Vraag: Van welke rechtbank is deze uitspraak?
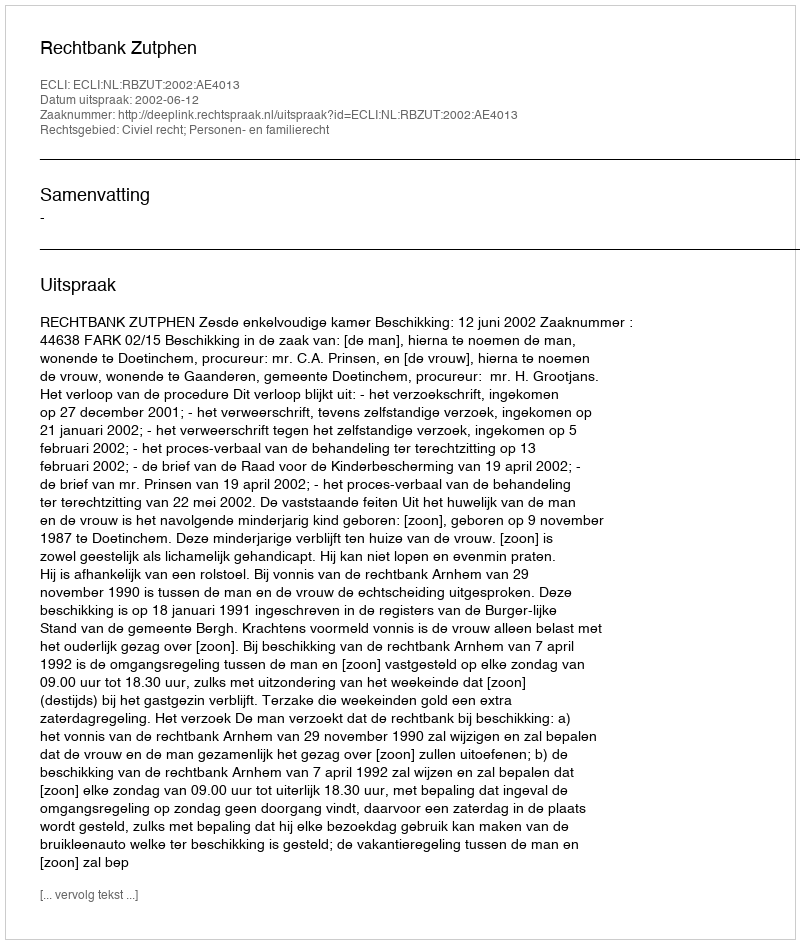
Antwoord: Rechtbank Zutphen